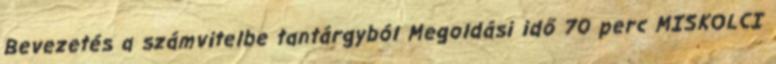
Bevezetés a számvitelbe tantárgyból Megoldási idő 70 perc MISKOLCI